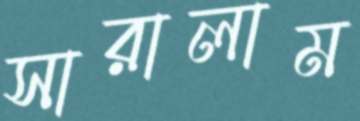
সারালাম